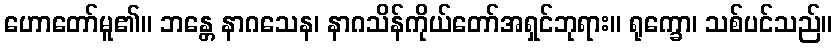
ဟောတော်မူ၏။ ဘန္တေ နာဂသေန၊ နာဂသိန်ကိုယ်တော်အရှင်ဘုရား။ ရုက္ခော၊ သစ်ပင်သည်။